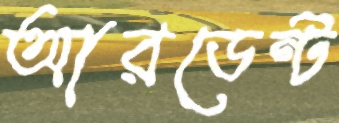
আরডেন্ট